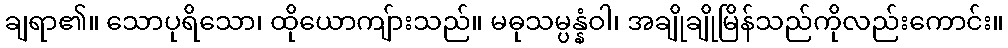
ချရာ၏။ သောပုရိသော၊ ထိုယောကျ်ားသည်။ မဓုသမ္ပန္နံဝါ၊ အချိုချိုမြိန်သည်ကိုလည်းကောင်း။